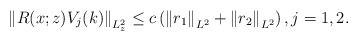
\begin{align*}\left\|R(x;z)V_{j}(k)\right\|_{L_z^{2}} \leq c\left(\left\|r_1\right\|_{L^{2}}+\left\|r_2\right\|_{L^{2}}\right),j=1,2.\end{align*}